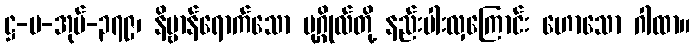
ဋ္ဌ-ပ-အုပ်-၃၇၉၊ နိဗ္ဗာန်ရောက်သော ပုဂ္ဂိုလ်တို့ နည်းပါးလှကြောင်း ဟောသော ဂါထာ။